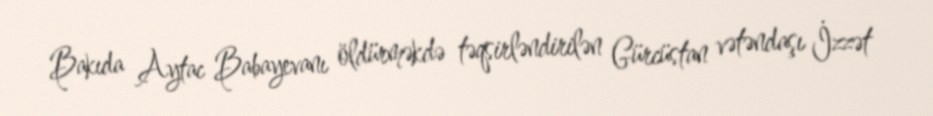
Bakıda Aytac Babayevanı öldürməkdə təqsirləndirilən Gürcüstan vətəndaşı İzzət